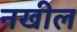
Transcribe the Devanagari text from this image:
नखील